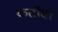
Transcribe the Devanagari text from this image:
कटॉबा